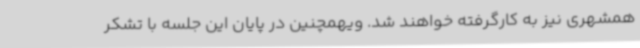
همشهری نیز به کارگرفته خواهند شد. ویهمچنین در پایان این جلسه با تشکر